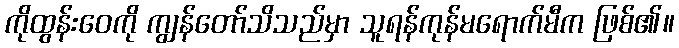
ကိုထွန်းဝေကို ကျွန်တော်သိသည်မှာ သူရန်ကုန်မရောက်မီက ဖြစ်၏။